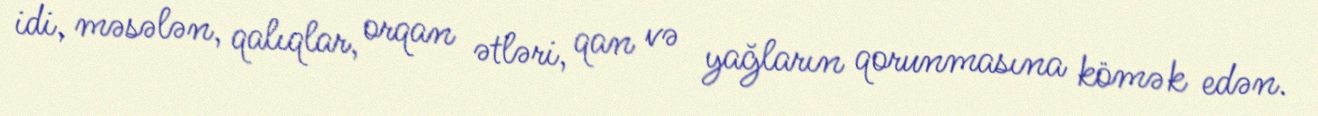
idi, məsələn, qalıqlar, orqan ətləri, qan və yağların qorunmasına kömək edən.